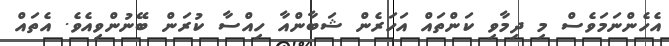
އެހެންނަމަވެސް މި ދިމާވި ކަންތައް އަހަރެން ޝަބާންއާ ހިއްސާ ކުރަން ބޭނުންވިއެވެ. އެތައް